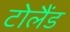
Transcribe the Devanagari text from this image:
टोलैंड